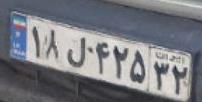
۱۸ل۴۲۵۳۲